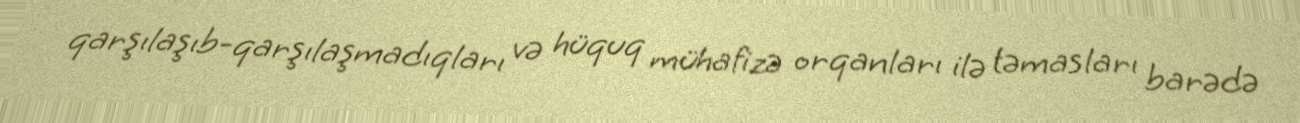
qarşılaşıb-qarşılaşmadıqları və hüquq mühafizə orqanları ilə təmasları barədə